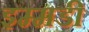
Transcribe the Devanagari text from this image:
इम्मडी